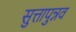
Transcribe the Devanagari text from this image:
सुत्तापुन्नव